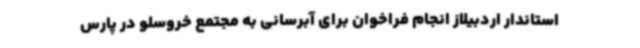
استاندار اردبیلاز انجام فراخوان برای آبرسانی به مجتمع خروسلو در پارس